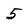
Character: 5